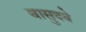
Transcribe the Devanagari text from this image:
वासुदवे